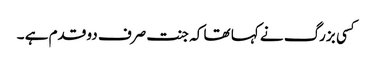
کسی بزرگ نے کہا تھا کہ جنت صرف دو قدم ہے ۔